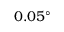
0 . 0 5 ^ { \circ }